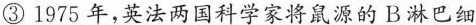
③1975年,英法两国科学家将鼠源的B淋巴细